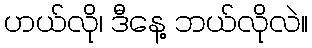
ဟယ်လို၊ ဒီနေ့ ဘယ်လိုလဲ။